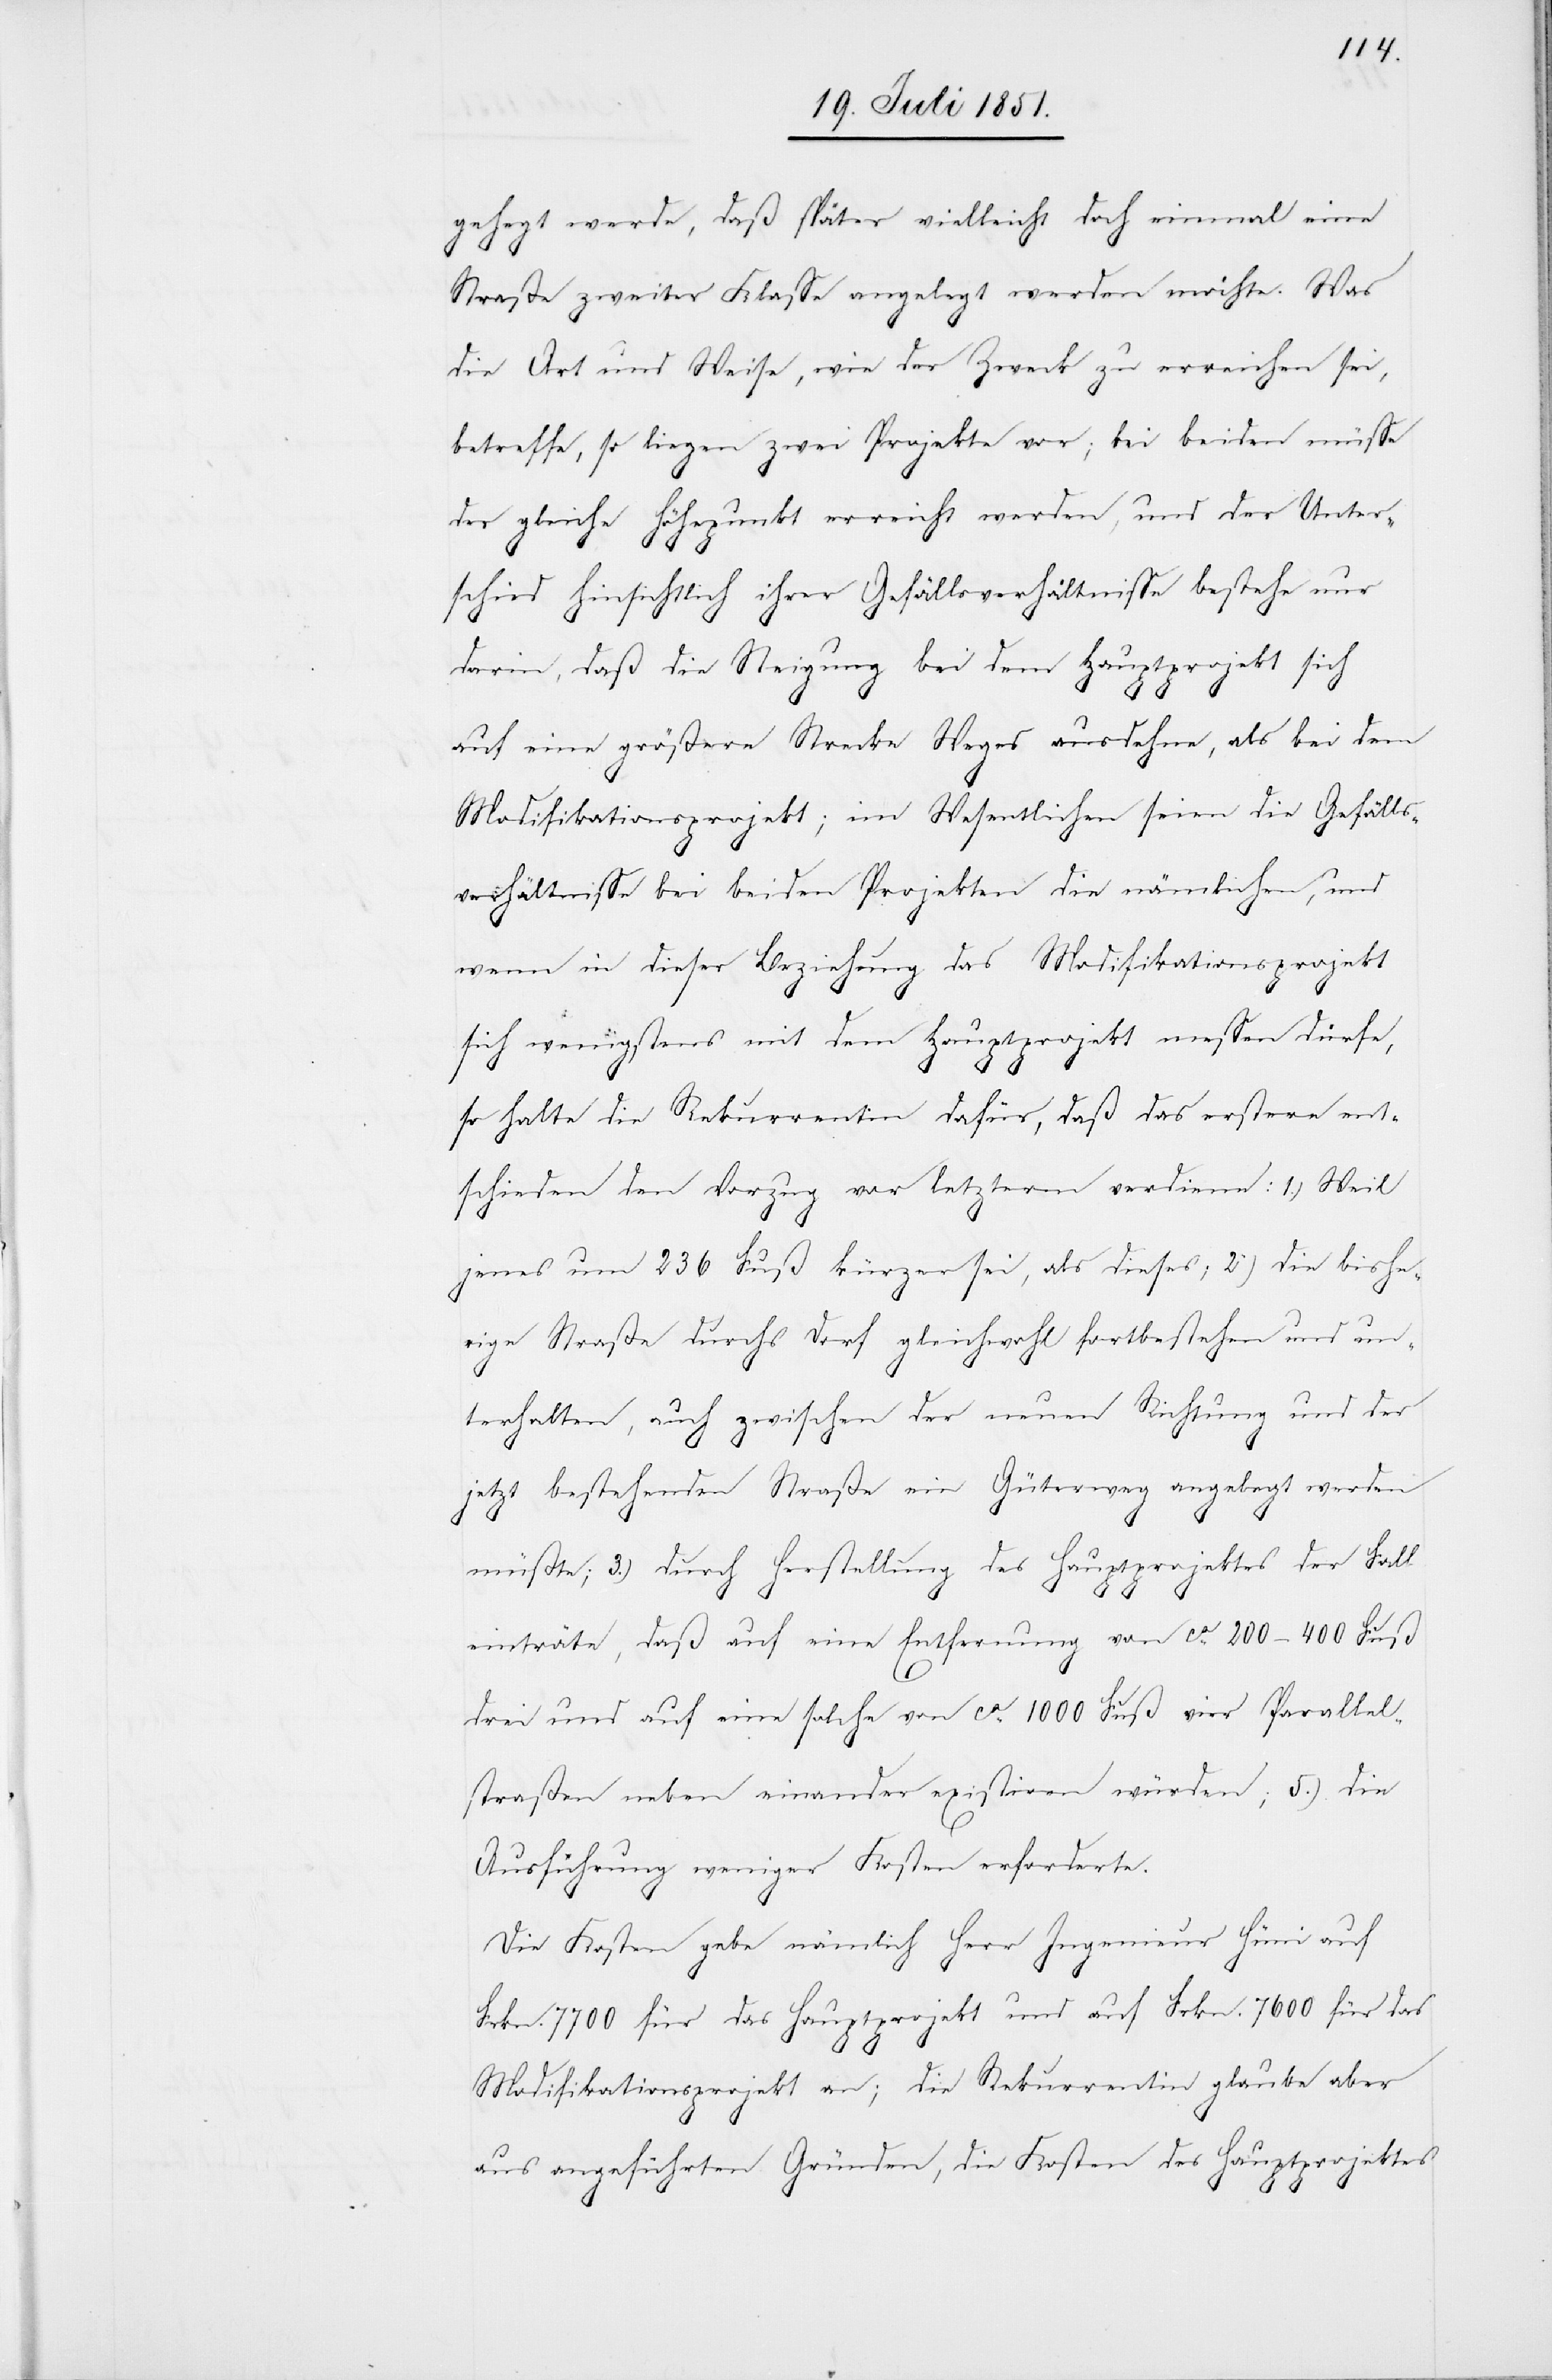
gehegt werde, daß später vielleicht doch einmal eine
Straße zweiter Klasse angelegt werden möchte. Was
die Art und Weise, wie der Zweck zu erreichen sei,
betreffe, so liegen zwei Projekte vor; bei beiden müsse
der gleiche Höhepunkt erreicht werden, und der Unter¬
schied hinsichtlich ihrer Gefällsverhältnisse bestehe nur
darin, daß die Steigung bei dem Hauptprojekt sich
auf eine größere Strecke Weges ausdehne, als bei dem
Modifikationsprojekt; im Wesentlichen seien die Gefälls¬
verhältnisse bei beiden Projekten die nämlichen, und
wenn in dieser Beziehung das Modifikationsprojekt
sich wenigstens mit dem Hauptprojekt messen dürfe,
so halte die Rekurrentin dafür, daß das erstere ent¬
schieden den Vorzug vor letzterm verdiene: 1.) Weil
jenes um 236 Fuß kürzer sei, als dieses; 2) die bishe¬
rige Straße durchs Dorf gleichwohl fortbestehen und un¬
terhalten, auch zwischen der neuen Richtung und der
jetzt bestehenden Straße ein Güterweg angelegt werden
müßte; 3.) durch Herstellung des Hauptprojektes der Fall
einträte, daß auf eine Entfernung von ca. 200–400 Fuß
drei und auf eine solche von ca. 1000 Fuß vier Parallel¬
straßen neben einander existiren würden; 5.) die
Ausführung weniger Kosten erforderte.
Die Kosten gebe nämlich Herr Ingenieur Hüni auf
Frkn. 7700 für das Hauptprojekt und auf Frkn. 7600 für das
Modifikationsprojekt an; die Rekurrentin glaube aber
aus angeführten Gründen, die Kosten des Hauptprojektes